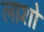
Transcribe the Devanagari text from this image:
लाशो